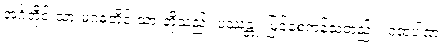
အင်္ဂတိုင်းသားမဂဓတိုင်းသားတို့သည်။ ပဿန္တု၊ မြင်စေကုန်သတည်း။ ဂူထပါဏ၊